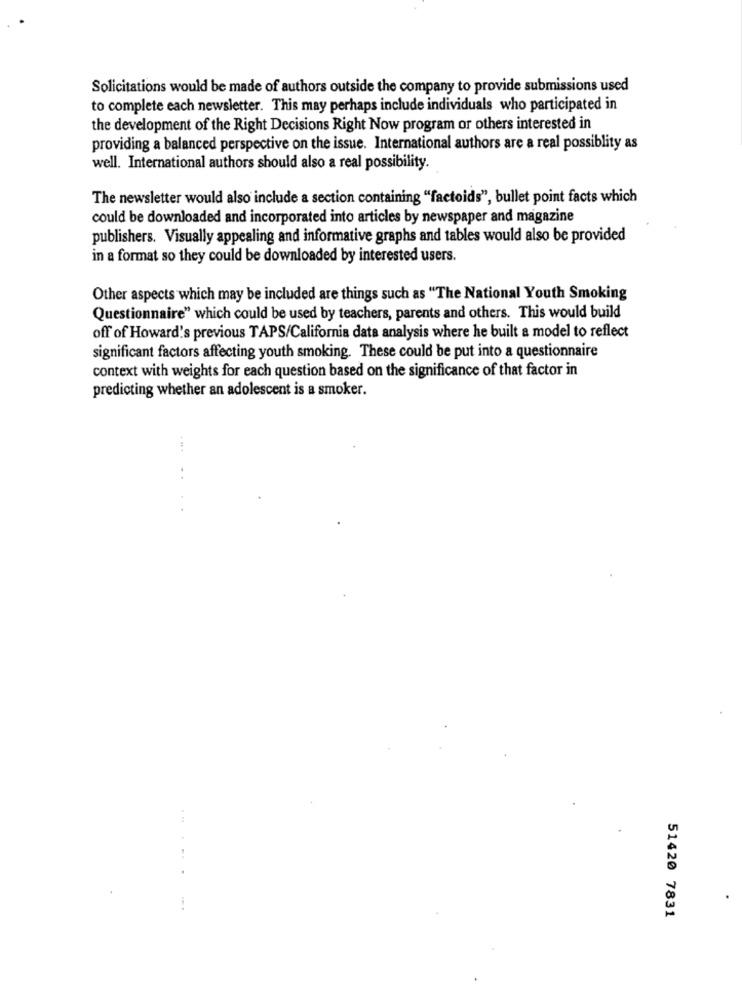
Solicitations would be made of authors outside the company to provide submissions used
to complete each newsletter. This may perhaps include individuals who participated in
the development of the Right Decisions Right Now program or others interested in
providing a balanced perspective on the issue. International authors are a real possiblity as
well. International authors should also a real possibility.
The newsletter would also include a section containing "factoids", bullet point facts which
could be downloaded and incorporated into articles by newspaper and magazine
publishers. Visually appealing and informative graphs and tables would also be provided
in a format so they could be downloaded by interested users.
Other aspects which may be included are things such as "The National Youth Smoking
Questionnaire" which could be used by teachers, parents and others. This would build
off of Howard's previous TAPS/California data analysis where he built a model to reflect
significant factors affecting youth smoking. These could be put into a questionnaire
context with weights for each question based on the significance of that factor in
predicting whether an adolescent is a smoker.
. .
51420 7831